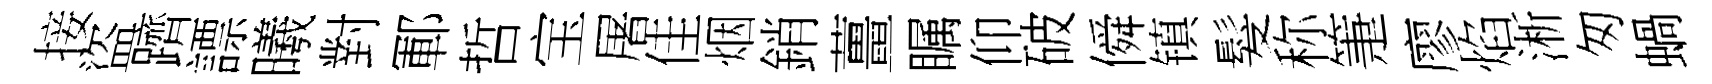
接盜躋謤曦對鄆哲宝屠佳烟銷薑瞩仰破僢镇髮称箑廖焰淅匆蝸